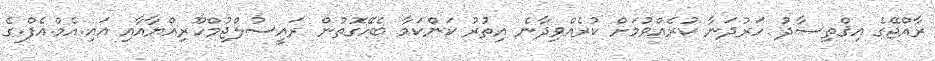
ރާއްޖޭގެ އިޤްތިޞާދު ހަރުދަނާ ކުރެއްވުމަށް ކުރެއްވިދާނެ އިތުރު ކަންކަމާ ބެހޭގޮތުން ރައީސުލްޖުމްހޫރިއްޔާއާއި އައި.އެމް.އެފް.ގެ